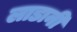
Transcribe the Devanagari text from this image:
लाडानी